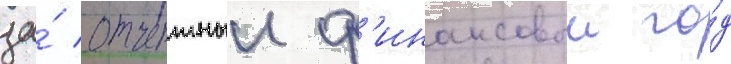
за́ отчетныи ф'инансовыи го́д